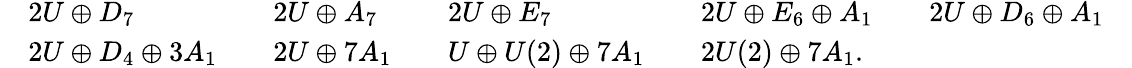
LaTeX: \begin{array}{rlrlrlrlrlr}&{2U\oplus D_{7}}&&{2U\oplus A_{7}}&&{2U\oplus E_{7}}&&{2U\oplus E_{6}\oplus A_{1}}&&{2U\oplus D_{6}\oplus A_{1}}&\\ &{2U\oplus D_{4}\oplus 3A_{1}}&&{2U\oplus 7A_{1}}&&{U\oplus U(2)\oplus 7A_{1}}&&{2U(2)\oplus 7A_{1}.}&\end{array}